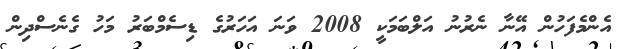
އެންމެފަހުން އޭނާ ނެރުނު އަލްބަމަކީ 2008 ވަނަ އަހަރުގެ ޑިސެމްބަރު މަހު ގެނެސްދިން